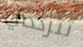
تترددي